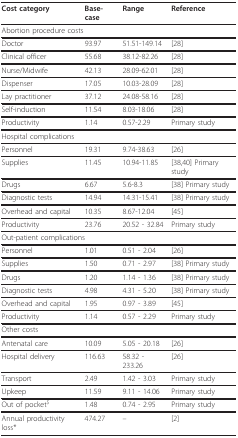
| Cost category | Base-case | Range | Reference |
 | --- | --- | --- | --- |
 | <COLSPAN=4> Abortion procedure costs |
 | Doctor | 93.97 | 51.51-149.14 | [28] |
 | Clinical officer | 55.68 | 38.12-82.26 | [28] |
 | Nurse/Midwife | 42.13 | 28.09-62.01 | [28] |
 | Dispenser | 17.05 | 10.03-28.09 | [28] |
 | Lay practitioner | 37.12 | 24.08-58.16 | [28] |
 | Self-induction | 11.54 | 8.03-18.06 | [28] |
 | Productivity | 1.14 | 0.57-2.29 | Primary study |
 | <COLSPAN=4> Hospital complications |
 | Personnel | 19.31 | 9.74-38.63 | [26] |
 | Supplies | 11.45 | 10.94-11.85 | [38,40] Primary study |
 | Drugs | 6.67 | 5.6-8.3 | [38] Primary study |
 | Diagnostic tests | 14.94 | 14.31-15.41 | [38] Primary study |
 | Overhead and capital | 10.35 | 8.67-12.04 | [45] |
 | Productivity | 23.76 | 20.52 - 32.84 | Primary study |
 | <COLSPAN=4> Out-patient complications |
 | Personnel | 1.01 | 0.51 - 2.04 | [26] |
 | Supplies | 1.50 | 0.71 - 2.97 | [38] Primary study |
 | Drugs | 1.20 | 1.14 - 1.36 | [38] Primary study |
 | Diagnostic tests | 4.98 | 4.31 - 5.20 | [38] Primary study |
 | Overhead and capital | 1.95 | 0.97 - 3.89 | [45] |
 | Productivity | 1.14 | 0.57 - 2.29 | Primary study |
 | <COLSPAN=4> Other costs |
 | Antenatal care | 10.09 | 5.05 - 20.18 | [26] |
 | Hospital delivery | 116.63 | 58.32 - 233.26 | [26] |
 | Transport | 2.49 | 1.42 - 3.03 | Primary study |
 | Upkeep | 11.59 | 9.11 - 14.06 | Primary study |
 | Out of pocket$ | 1.48 | 0.74 - 2.95 | Primary study |
 | Annual productivity loss* | 474.27 | -- | [2] |